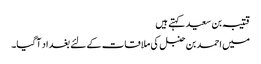
قتیبہ بن سعید کہتے ہیں
میں احمد بن حنبل کی ملاقات کے لئے بغداد آگیا۔